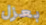
بعزل